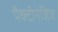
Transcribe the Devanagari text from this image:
पैक्टीनेजिज